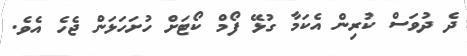
ދެ ދުވަސް ކުރިން އެކަމާ ގުޅޭ ފޯމް ކޯޓަށް ހުށަހަޅަން ޖެހެ އެވެ.